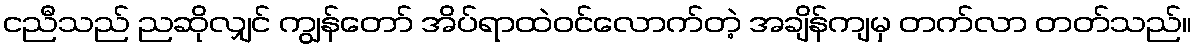
ငညီသည် ညဆိုလျှင် ကျွန်တော် အိပ်ရာထဲဝင်လောက်တဲ့ အချိန်ကျမှ တက်လာ တတ်သည်။